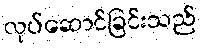
လုပ်ဆောင်ခြင်းသည်